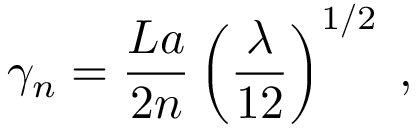
\gamma _ { n } = \frac { L a } { 2 n } \left( \frac { \lambda } { 1 2 } \right) ^ { 1 / 2 } \; ,